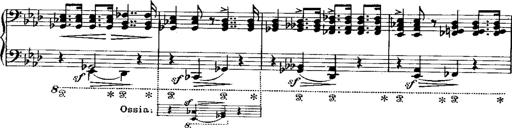
Title: Miserere du Trovatore
Composer: Franz Liszt